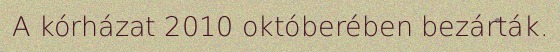
A kórházat 2010 októberében bezárták.